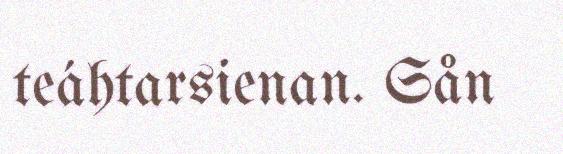
teáhtarsienan. Sån